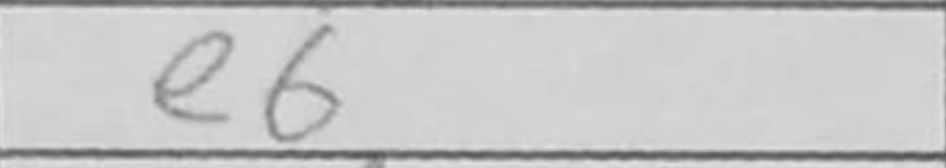
Transcription: e6